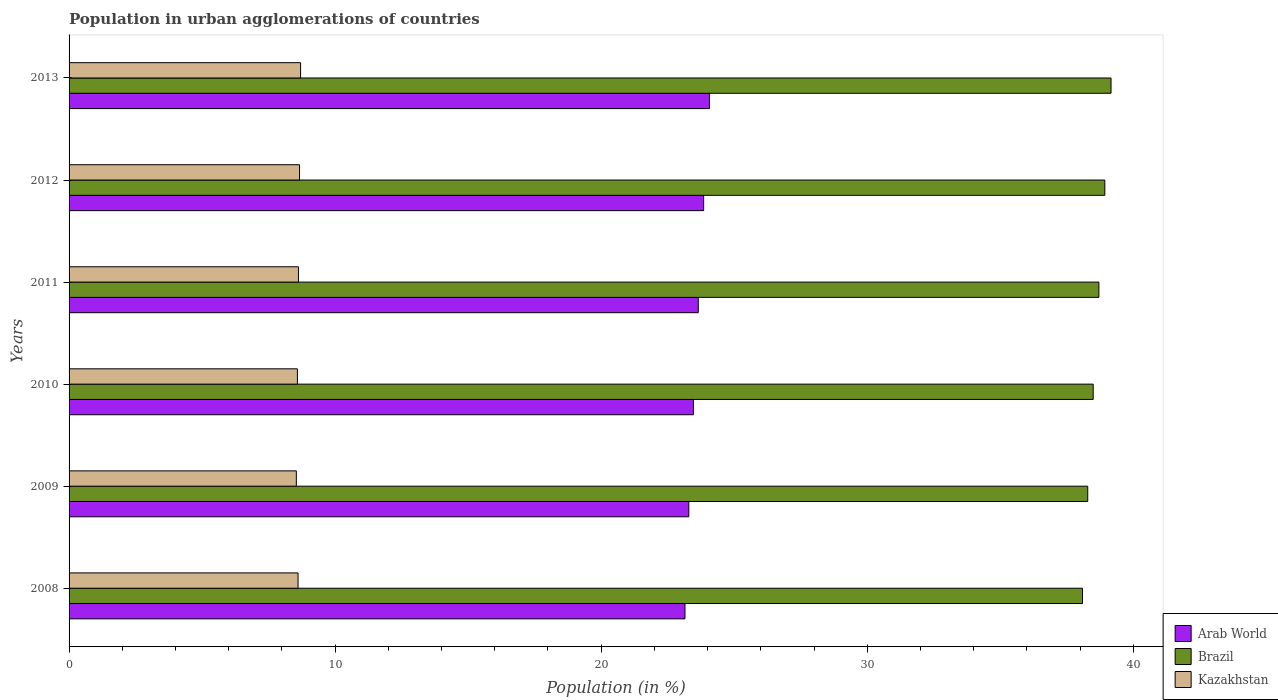
| Years | Arab World | Brazil | Kazakhstan |
 | --- | --- | --- | --- |
 | 2008 | 23.1 | 38.1 | 8.61 |
 | 2009 | 23.3 | 38.3 | 8.54 |
 | 2010 | 23.5 | 38.5 | 8.58 |
 | 2011 | 23.6 | 38.7 | 8.62 |
 | 2012 | 23.9 | 38.9 | 8.66 |
 | 2013 | 24.1 | 39.2 | 8.7 |